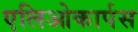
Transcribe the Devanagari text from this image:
एलिओकार्पस